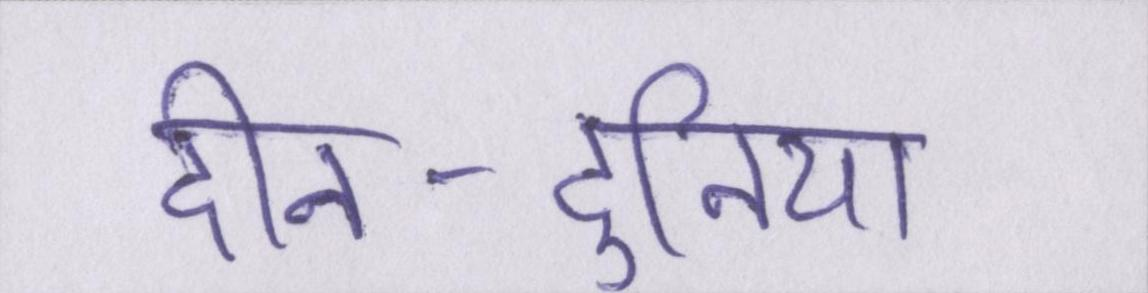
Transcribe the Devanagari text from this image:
दीन-दुनिया